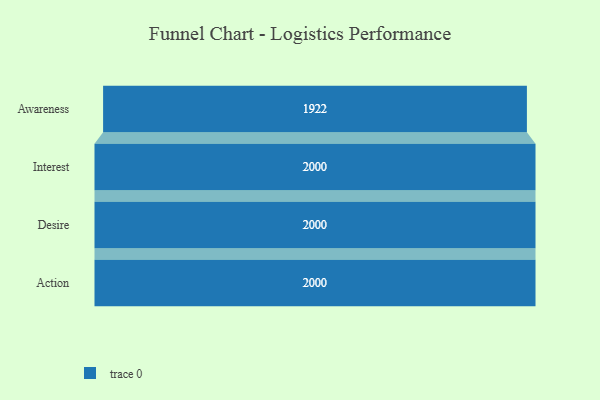
{"axis": {"x": "Stage", "y": "Value"}, "legend": [""], "data": [{"x": "Awareness", "y": 1922.0, "type": ""}, {"x": "Interest", "y": 2000, "type": ""}, {"x": "Desire", "y": 2000, "type": ""}, {"x": "Action", "y": 2000, "type": ""}]}